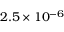
2 . 5 \times 1 0 ^ { - 6 }